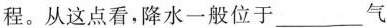
程。从这点看，降水一般位于___气